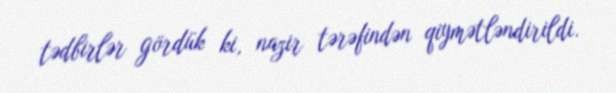
tədbirlər gördük ki, nazir tərəfindən qiymətləndirildi.